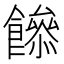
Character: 𩞼